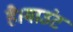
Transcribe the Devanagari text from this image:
है।माउंट